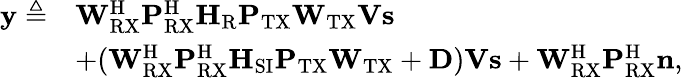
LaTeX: \begin{array}{rl}{\mathbf{y}\triangleq}&{\mathbf{W}_{\mathrm{RX}}^{\mathrm{H}}\mathbf{P}_{\mathrm{RX}}^{\mathrm{H}}\mathbf{H}_{\mathrm{R}}\mathbf{P}_{\mathrm{TX}}\mathbf{W}_{\mathrm{TX}}\mathbf{V}\mathbf{s}}\\ &{+(\mathbf{W}_{\mathrm{RX}}^{\mathrm{H}}\mathbf{P}_{\mathrm{RX}}^{\mathrm{H}}\mathbf{H}_{\mathrm{SI}}\mathbf{P}_{\mathrm{TX}}\mathbf{W}_{\mathrm{TX}}+\mathbf{D})\mathbf{V}\mathbf{s}+\mathbf{W}_{\mathrm{RX}}^{\mathrm{H}}\mathbf{P}_{\mathrm{RX}}^{\mathrm{H}}\mathbf{n},}\end{array}